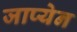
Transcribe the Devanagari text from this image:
जाप्येन